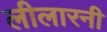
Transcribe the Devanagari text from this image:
लीलारनी